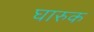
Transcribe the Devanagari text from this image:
घारुक